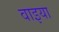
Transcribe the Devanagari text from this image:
वाइया